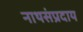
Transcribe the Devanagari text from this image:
नाथसंप्रदाय